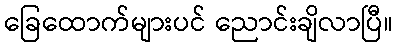
ခြေထောက်များပင် ညောင်းချိလာပြီ။